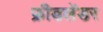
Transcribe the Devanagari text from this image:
फ्रीडलेंडर